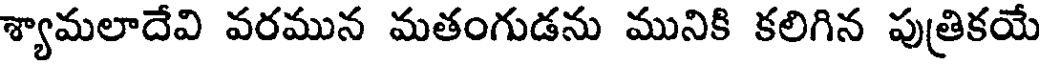
శ్యామలాదేవి వరమున మతంగుడను మునికి కలిగిన పుత్రికయే